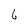
Character: 6